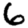
Digit: 6